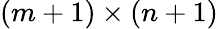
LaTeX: (m+1)\times(n+1)